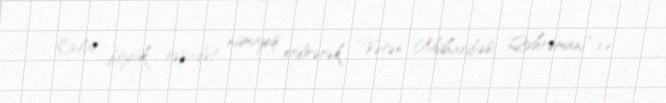
Onlar böyük rəşadət nümayiş etdirərək “Vətən Müharibəsi Qəhrəmanı” və